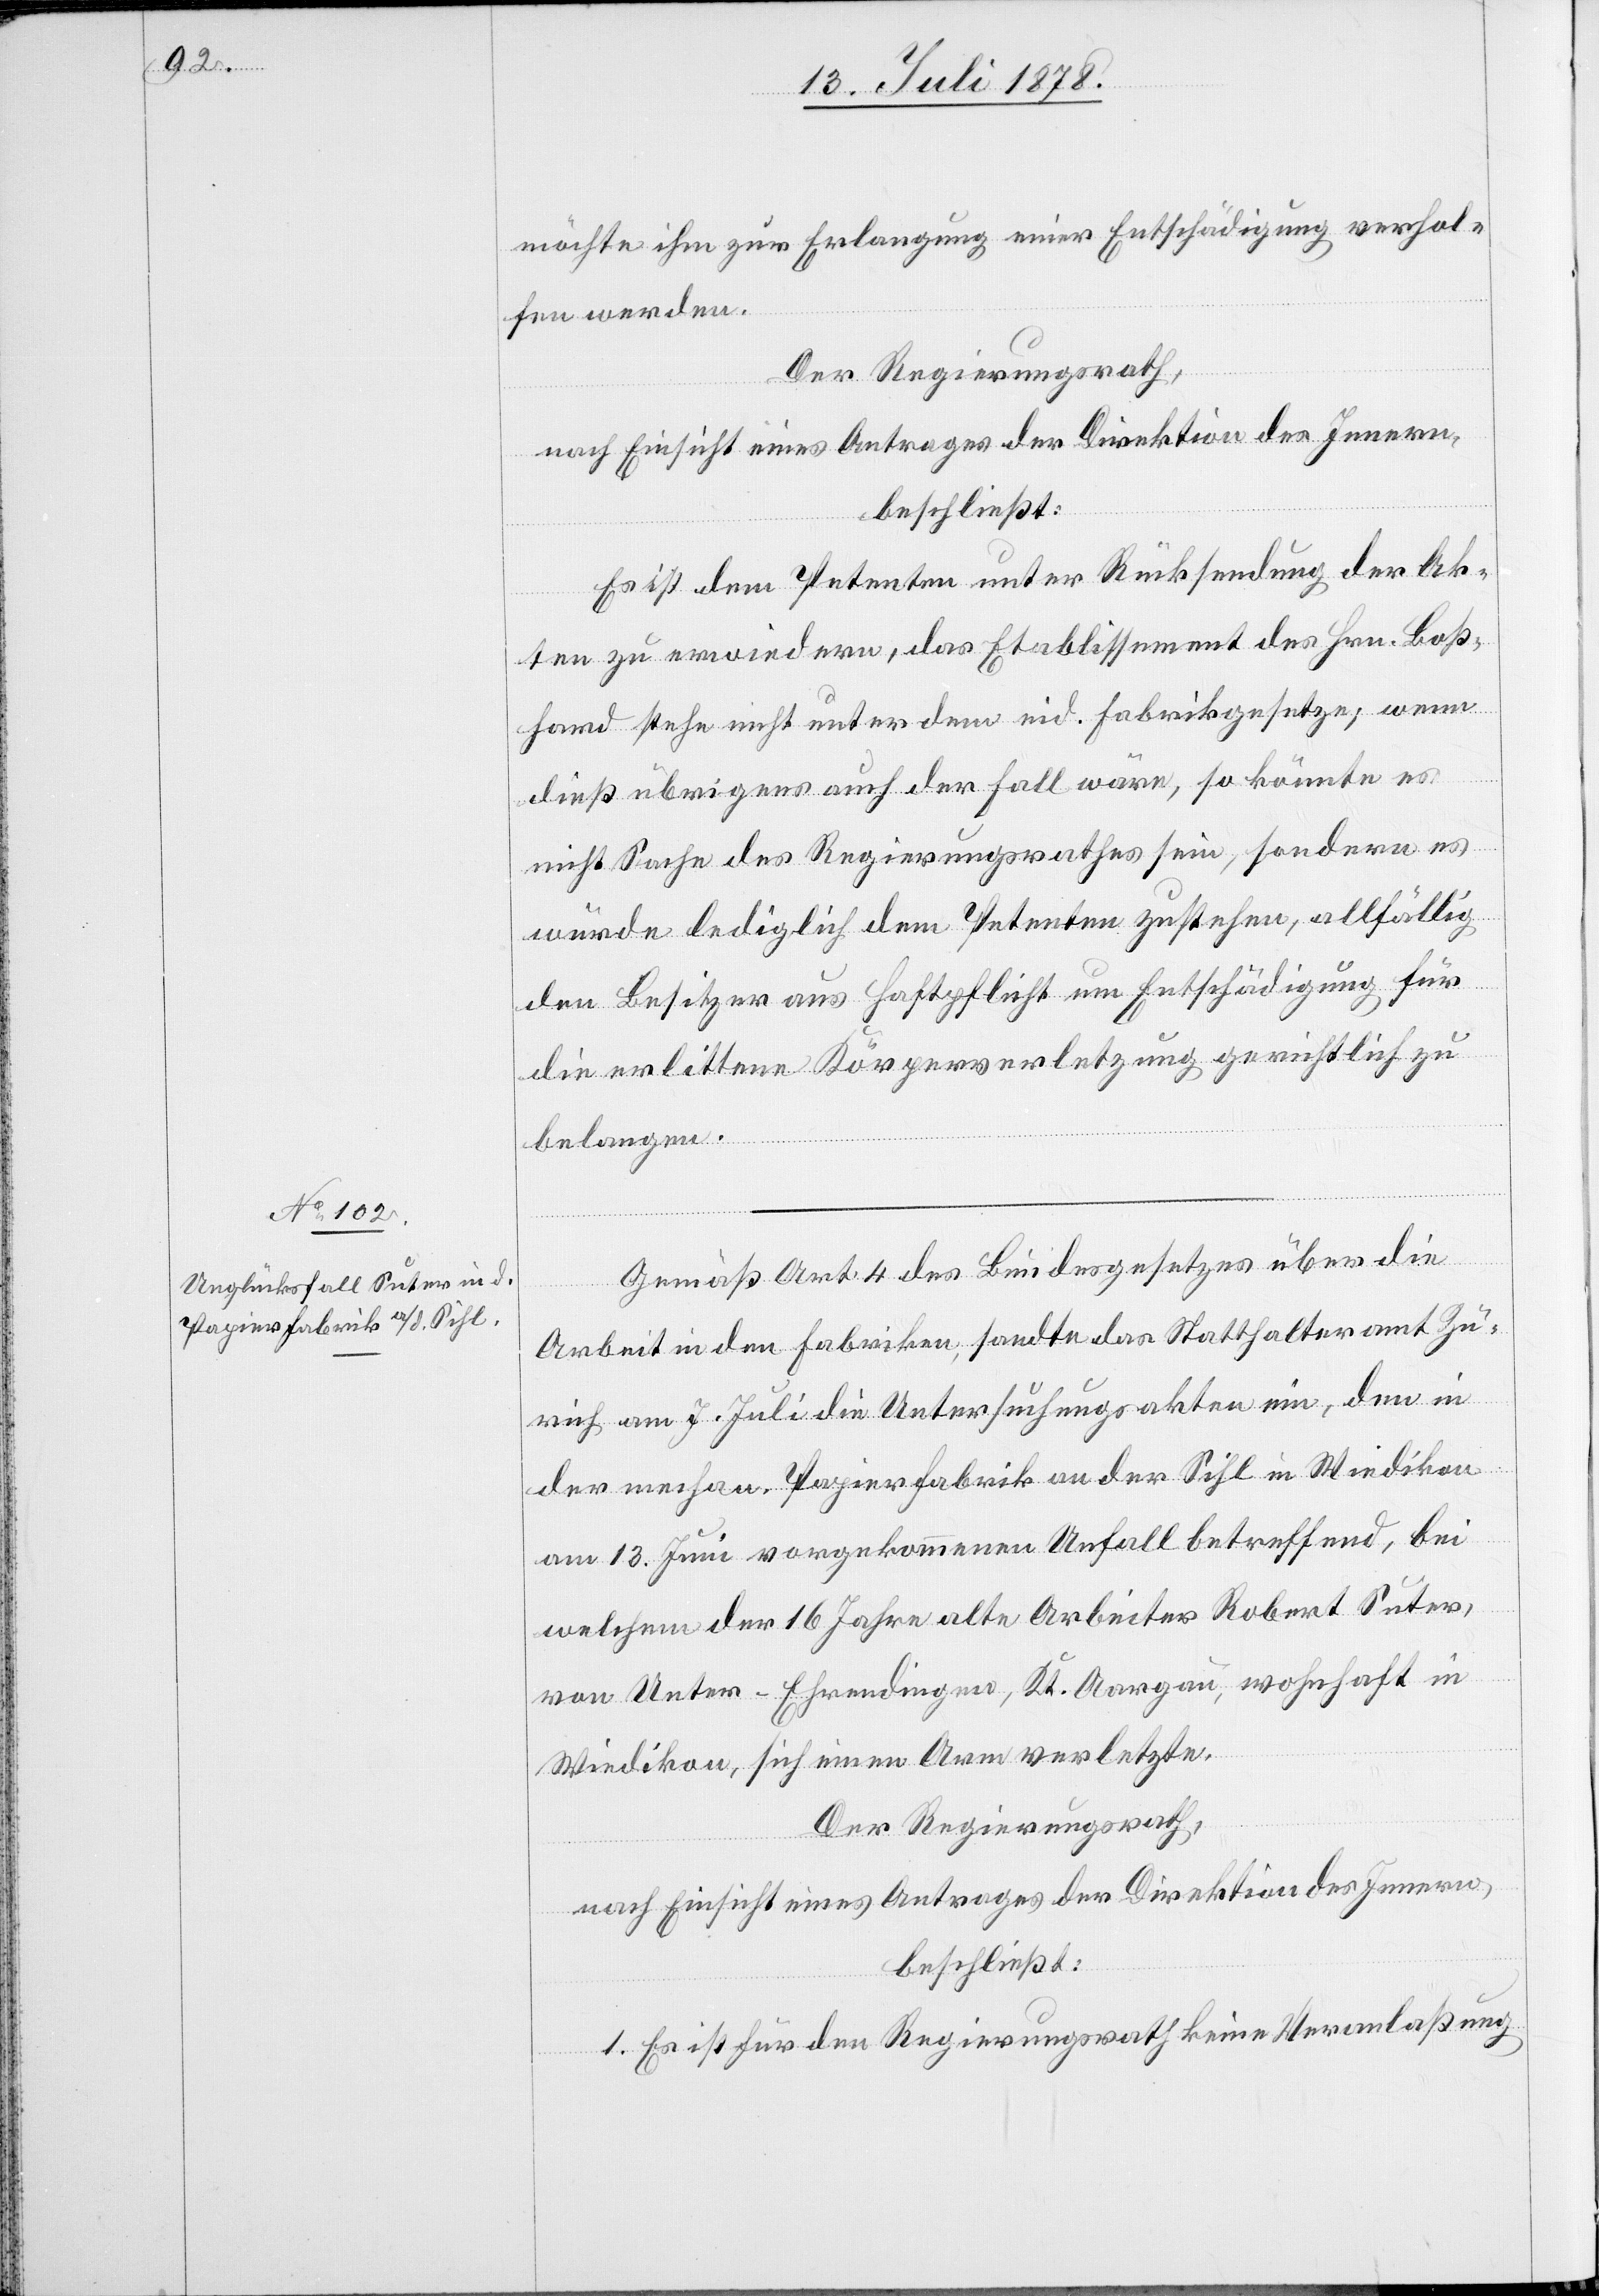
möchte ihm zur Erlangung einer Entschädigung verhol¬
fen werden.
Der Regierungsrath,
nach Einsicht eines Antrages der Direktion des Innern,
beschließt:
Es ist dem Petenten unter Rücksendung der Ak¬
ten zu erwiedern, das Etablissement des Hrn. Boß¬
hard stehe nicht unter dem eid. Fabrikgesetze; wenn
dieß übrigens auch der Fall wäre, so könnte es
nicht Sache des Regierungsrathes sein, sondern es
würde lediglich dem Petenten zustehen, allfällig
den Besitzer aus Haftpflicht um Entschädigung für
die erlittene Körperverletzung gerichtlich zu
belangen.
Gemäß Art 4 des Bundesgesetzes über die
Arbeit in den Fabriken, sandte das Statthalteramt Zü¬
rich am 7. Juli die Untersuchungsakten ein, den in
der mechan. Papierfabrik an der Sihl in Wiedikon
am 13. Juni vorgekommenen Unfall betreffend, bei
welchem der 16 Jahre alte Arbeiter Robert Suter,
von Unter-Ehrendingen, Kt. Aargau, wohnhaft in
Wiedikon, sich einen Arm verletzte.
Der Regierungsrath,
nach Einsicht eines Antrages der Direktion des Innern,
beschließt:
1. Es ist für den Regierungsrath keine Veranlaßung